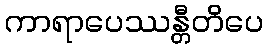
ကာရာပေဿန္တီတိပေ